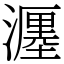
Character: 𤁄